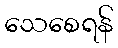
သေစေရန်